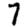
Digit: 7